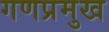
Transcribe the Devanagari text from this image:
गणप्रमुख